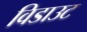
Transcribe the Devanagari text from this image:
विडाउट